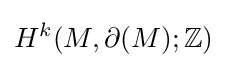
H^{k}(M,\partial (M);\mathbb {Z} )